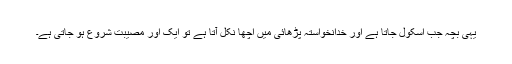
یہی بچہ جب اسکول جاتا ہے اور خدانخواستہ پڑھائی میں اچھا نکل آتا ہے تو ایک اور مصیبت شروع ہو جاتی ہے۔